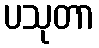
ပသုတာ